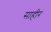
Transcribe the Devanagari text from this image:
साहीर